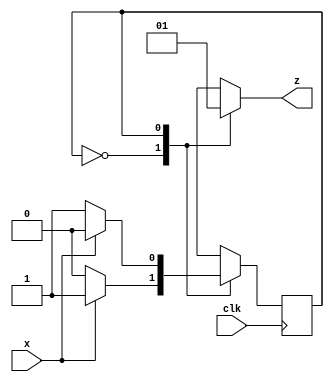
`timescale 1ns / 1ps


module ser_par_det(output reg z,
                   input x,
                   input clk);

reg even_odd;
parameter EVEN=0,ODD=1; 

always @(posedge clk)
case(even_odd)
    EVEN: even_odd=x?ODD:EVEN;
    ODD:  even_odd=x?EVEN:ODD;
    default: even_odd=EVEN;
    endcase
    
always@ (even_odd)
case(even_odd)
    EVEN: z=0;
    ODD: z=1;
    endcase
                        
                   
endmodule